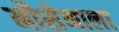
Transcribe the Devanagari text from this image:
नौसेनाला